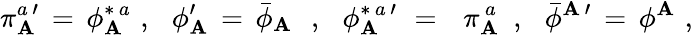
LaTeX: \pi_{\mathbf{A}}^{a\, \prime}\, =\, \phi_{\mathbf{A}}^{\ast\, a}\, \, ,\, \, \, \, \phi_{\mathbf{A}}^{\prime}\, =\, {\bar{{\phi}}}_{\mathbf{A}}\, \, \, \, ,\, \, \, \, \phi_{\mathbf{A}}^{\ast\, a\, \prime}\, \, =\, \, \, \, \pi_{\mathbf{A}}^{\, a}\, \, \, ,\, \, \, \, {\bar{{\phi}}}^{\mathbf{A}\, \prime}\, =\, \phi^{\mathbf{A}}\, \, ,